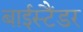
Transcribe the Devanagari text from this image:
बाईस्टैंडर